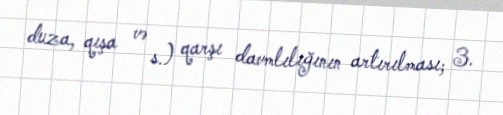
duza, qışa və s.) qarşı davmlılığının artırılması; 3.